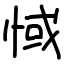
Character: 惐